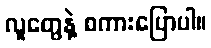
လူတွေနဲ့ စကားပြောပါ။